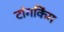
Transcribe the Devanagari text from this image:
टांगकिंग